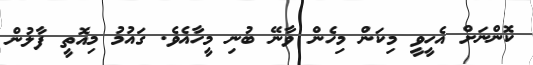
ކޮންނަށް އެހީވީ މިކަން މިހެން ވާނޭ ބުނި މީހާއެވެ. ގައުމު މިއޮތީ ފާލުން